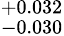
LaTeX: ^{+0.032}_{-0.030}